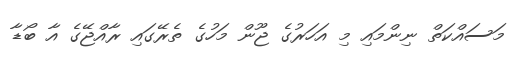
މަސައްކަތް ނިންމައި މި އަހަރުގެ ޖޫން މަހުގެ ތެރޭގައި ރާއްޖޭގެ އާ ބޯޑާ